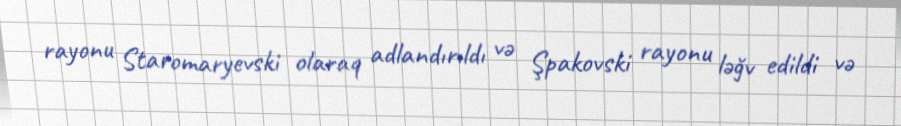
rayonu Staromaryevski olaraq adlandırıldı və Şpakovski rayonu ləğv edildi və